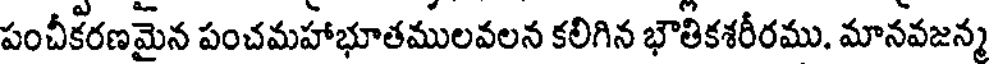
పంచీకరణమైన పంచమహాభూతములవలన కలిగిన భౌతికశరీరము, మానవజన్మ